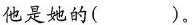
他是她的( ).